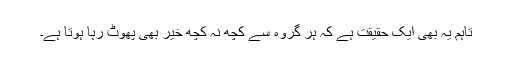
تاہم یہ بھی ایک حقیقت ہے کہ ہر گروہ سے کچھ نہ کچھ خیر بھی پھوٹ رہا ہوتا ہے۔